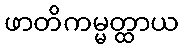
ဖာတိကမ္မတ္ထာယ